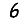
Digit: 6